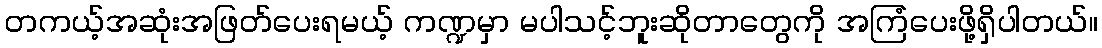
တကယ့်အဆုံးအဖြတ်ပေးရမယ့် ကဏ္ဍမှာ မပါသင့်ဘူးဆိုတာတွေကို အကြံပေးဖို့ရှိပါတယ်။